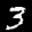
Label: 3